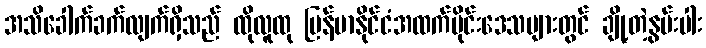
အသိခေါက်ခက်လျက်ရှိသည် ထိုလူထု မြန်မာနိုင်ငံအထက်ပိုင်းဒေသများတွင် ချို့တဲ့နွမ်းပါး